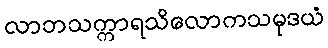
လာဘသက္ကာရသိလောကသမုဒယံ